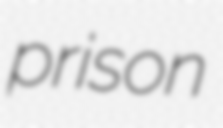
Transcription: prison